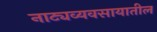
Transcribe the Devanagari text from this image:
नाट्यव्यवसायातील